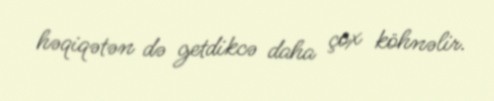
həqiqətən də getdikcə daha çox köhnəlir.